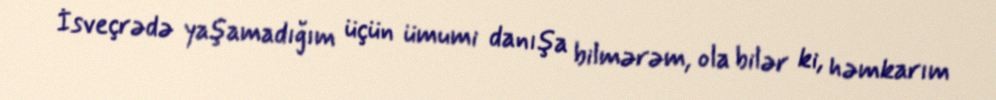
İsveçrədə yaşamadığım üçün ümumi danışa bilmərəm, ola bilər ki, həmkarım